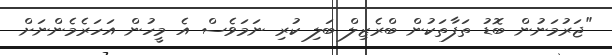
"ޖަރުމަނުން ބޮޑު ތަފާތަކުން ބްރެޒިލް ބަލި ކުރި ނަމަވެސް އެ މީހުން އަހަރެމެންނަށް